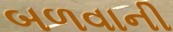
બળવાની